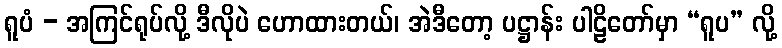
ရူပံ - အကြင်ရုပ်လို့ ဒီလိုပဲ ဟောထားတယ်၊ အဲဒီတော့ ပဋ္ဌာန်း ပါဠိတော်မှာ “ရူပ” လို့